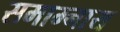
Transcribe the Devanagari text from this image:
समाम्नाय